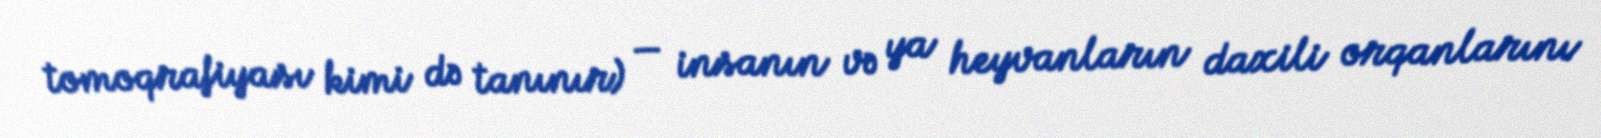
tomoqrafiyası kimi də tanınır) — insanın və ya heyvanların daxili orqanlarını